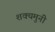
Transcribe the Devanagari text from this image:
शक्यमुनी